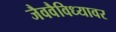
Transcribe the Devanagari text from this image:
जैववैविध्यावर